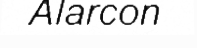
Alarcon